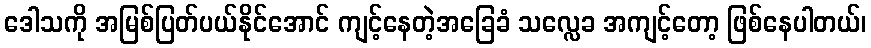
ဒေါသကို အမြစ်ပြတ်ပယ်နိုင်အောင် ကျင့်နေတဲ့အခြေခံ သလ္လေခ အကျင့်တော့ ဖြစ်နေပါတယ်၊